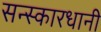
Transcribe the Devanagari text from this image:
सन्स्कारधानी